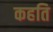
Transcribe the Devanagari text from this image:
कहति